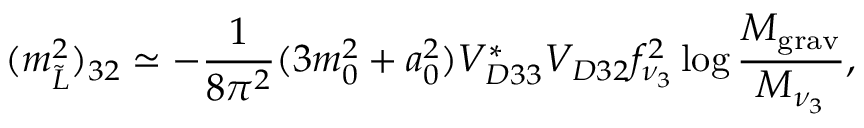
( m _ { \tilde { L } } ^ { 2 } ) _ { 3 2 } \simeq - \frac 1 { 8 \pi ^ { 2 } } ( 3 m _ { 0 } ^ { 2 } + a _ { 0 } ^ { 2 } ) V _ { D 3 3 } ^ { \ast } V _ { D 3 2 } f _ { \nu _ { 3 } } ^ { 2 } \log \frac { M _ { \mathrm { g r a v } } } { M _ { \nu _ { 3 } } } ,